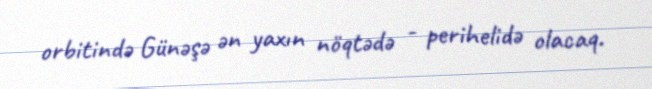
orbitində Günəşə ən yaxın nöqtədə - perihelidə olacaq.